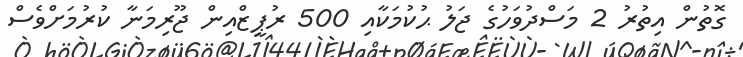
ގޮތުން އިތުރު 2 މަސްދުވަހުގެ ޖަލު ޙުކުމަކާއި 500 ރުޕީޒްއިން ޖޫރިމަނާ ކުރުމަށްވެސް